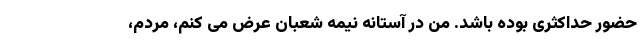
حضور حداکثری بوده باشد. من در آستانه نیمه شعبان عرض می کنم، مردم،